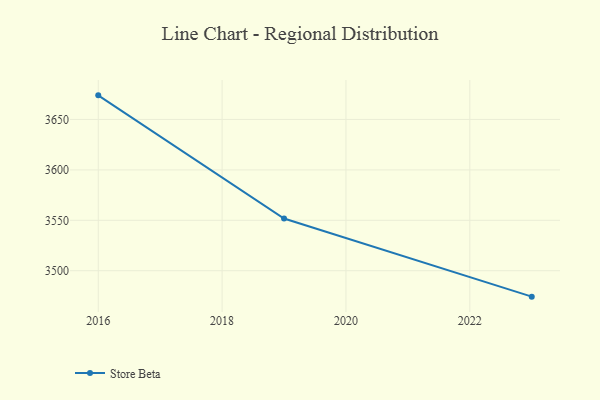
{"axis": {"x": "Year", "y": "LTV (USD)"}, "legend": ["Store Beta"], "data": [{"x": "2023", "y": 3474.3, "type": "Store Beta"}, {"x": "2019", "y": 3551.8, "type": "Store Beta"}, {"x": "2016", "y": 3673.9, "type": "Store Beta"}]}